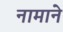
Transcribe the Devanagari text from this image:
नामाने